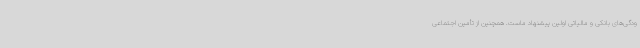
ودگی‌های بانکی و مالیاتی اولین پیشنهاد ماست. همچنین از تأمین اجتماعی